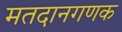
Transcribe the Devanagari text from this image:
मतदानगणक